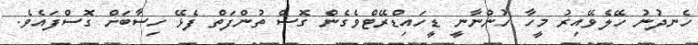
ހެނދުނު ހޭލެވޭއިރު މީހާ ހުންނާނީ ޑީހައިޑްރޭޓްވެގެން ގޮސް ތުންފަތް ފެޅޭ ހިސާބަަށް ގޮސްފައެވެ.